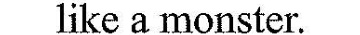
like a monster.